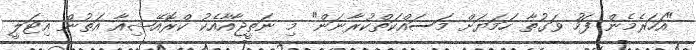
"އަހަރެމެން ފަހު ވަގުތާ ހަމަޔަށް މަސައްކަތްކުރާނަން" މި ނަތީޖާއާއެކު ކްރޮއޭޝިއާ އަތުން އިޓަލީ